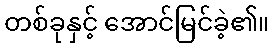
တစ်ခုနှင့် အောင်မြင်ခဲ့၏။